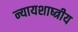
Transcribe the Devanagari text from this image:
न्यायशाष्त्रीय